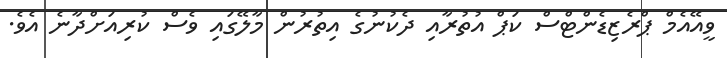
ވީއޭއެމް ޕްރެޒިޑެންޓްސް ކަޕް އުތުރާއި ދެކުނުގެ އިތުރުން މާލޭގައި ވެސް ކުރިއަށްދާނެ އެވެ.